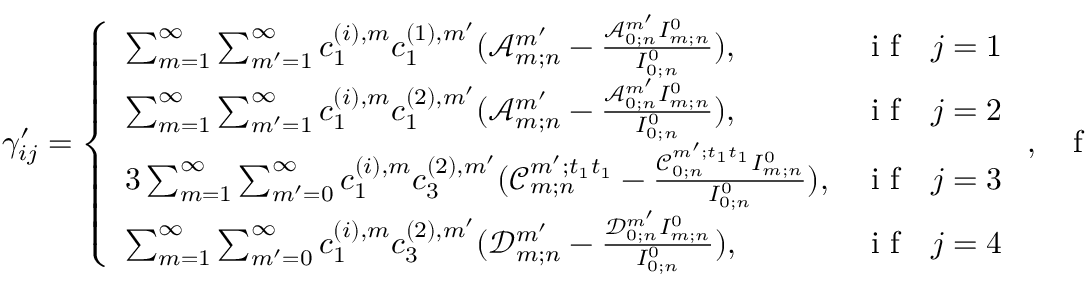
\gamma _ { i j } ^ { \prime } = \left\{ \begin{array} { l l } { \sum _ { m = 1 } ^ { \infty } \sum _ { m ^ { \prime } = 1 } ^ { \infty } c _ { 1 } ^ { ( i ) , m } c _ { 1 } ^ { ( 1 ) , m ^ { \prime } } ( \mathscr { A } _ { m ; n } ^ { m ^ { \prime } } - \frac { \mathscr { A } _ { 0 ; n } ^ { m ^ { \prime } } I _ { m ; n } ^ { 0 } } { I _ { 0 ; n } ^ { 0 } } ) , } & { \mathrm { ~ i ~ f ~ ~ ~ } j = 1 } \\ { \sum _ { m = 1 } ^ { \infty } \sum _ { m ^ { \prime } = 1 } ^ { \infty } c _ { 1 } ^ { ( i ) , m } c _ { 1 } ^ { ( 2 ) , m ^ { \prime } } ( \mathscr { A } _ { m ; n } ^ { m ^ { \prime } } - \frac { \mathscr { A } _ { 0 ; n } ^ { m ^ { \prime } } I _ { m ; n } ^ { 0 } } { I _ { 0 ; n } ^ { 0 } } ) , } & { \mathrm { ~ i ~ f ~ ~ ~ } j = 2 } \\ { 3 \sum _ { m = 1 } ^ { \infty } \sum _ { m ^ { \prime } = 0 } ^ { \infty } c _ { 1 } ^ { ( i ) , m } c _ { 3 } ^ { ( 2 ) , m ^ { \prime } } ( \mathscr { C } _ { m ; n } ^ { m ^ { \prime } ; t _ { 1 } t _ { 1 } } - \frac { \mathscr { C } _ { 0 ; n } ^ { m ^ { \prime } ; t _ { 1 } t _ { 1 } } I _ { m ; n } ^ { 0 } } { I _ { 0 ; n } ^ { 0 } } ) , } & { \mathrm { ~ i ~ f ~ ~ ~ } j = 3 } \\ { \sum _ { m = 1 } ^ { \infty } \sum _ { m ^ { \prime } = 0 } ^ { \infty } c _ { 1 } ^ { ( i ) , m } c _ { 3 } ^ { ( 2 ) , m ^ { \prime } } ( \mathscr { D } _ { m ; n } ^ { m ^ { \prime } } - \frac { \mathscr { D } _ { 0 ; n } ^ { m ^ { \prime } } I _ { m ; n } ^ { 0 } } { I _ { 0 ; n } ^ { 0 } } ) , } & { \mathrm { ~ i ~ f ~ ~ ~ } j = 4 } \end{array} \right. , \mathrm { ~ ~ ~ f ~ o ~ r ~ ~ ~ } i = 1 , 2 ;